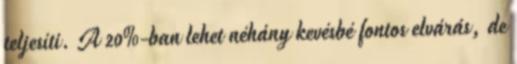
teljesíti. A 20%-ban lehet néhány kevésbé fontos elvárás, de